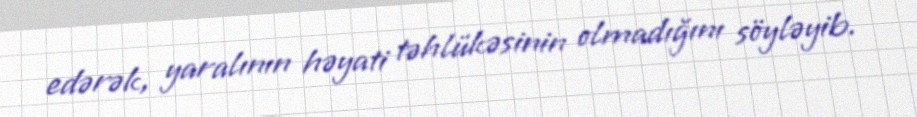
edərək, yaralının həyati təhlükəsinin olmadığını söyləyib.